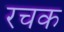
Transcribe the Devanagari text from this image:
रचक